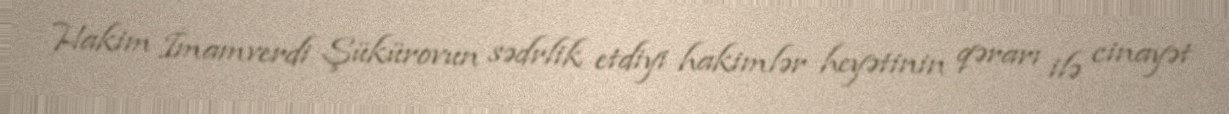
Hakim İmamverdi Şükürovun sədrlik etdiyi hakimlər heyətinin qərarı ilə cinayət